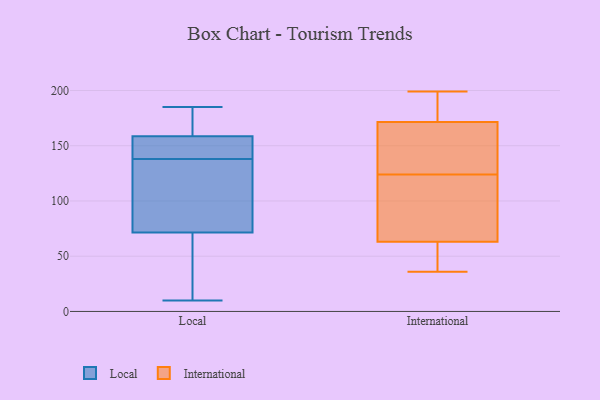
{"axis": {"x": "Operating Costs (USD K)", "y": "Value"}, "legend": ["International", "Local"], "data": [{"x": "", "y": 151, "type": "Local"}, {"x": "", "y": 132, "type": "Local"}, {"x": "", "y": 166, "type": "Local"}, {"x": "", "y": 66, "type": "Local"}, {"x": "", "y": 126, "type": "Local"}, {"x": "", "y": 114, "type": "Local"}, {"x": "", "y": 74, "type": "Local"}, {"x": "", "y": 169, "type": "Local"}, {"x": "", "y": 148, "type": "Local"}, {"x": "", "y": 150, "type": "Local"}, {"x": "", "y": 10, "type": "Local"}, {"x": "", "y": 69, "type": "Local"}, {"x": "", "y": 168, "type": "Local"}, {"x": "", "y": 185, "type": "Local"}, {"x": "", "y": 144, "type": "Local"}, {"x": "", "y": 52, "type": "Local"}, {"x": "", "y": 183, "type": "International"}, {"x": "", "y": 146, "type": "International"}, {"x": "", "y": 199, "type": "International"}, {"x": "", "y": 93, "type": "International"}, {"x": "", "y": 45, "type": "International"}, {"x": "", "y": 69, "type": "International"}, {"x": "", "y": 169, "type": "International"}, {"x": "", "y": 179, "type": "International"}, {"x": "", "y": 79, "type": "International"}, {"x": "", "y": 131, "type": "International"}, {"x": "", "y": 124, "type": "International"}, {"x": "", "y": 36, "type": "International"}, {"x": "", "y": 38, "type": "International"}]}